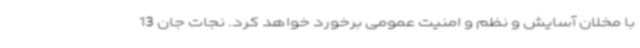
با مخلان آسایش و نظم و امنیت عمومی برخورد خواهد کرد. نجات جان 13